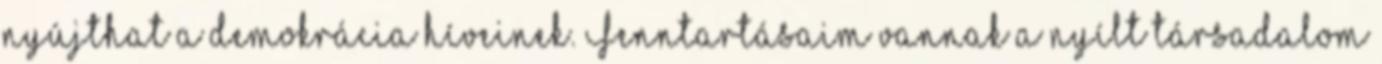
nyújthat a demokrácia híveinek. Fenntartásaim vannak a nyílt társadalom